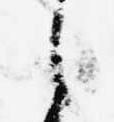
之